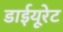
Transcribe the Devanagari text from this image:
डाईयूरेट